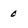
Character: 0